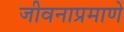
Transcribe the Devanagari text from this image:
जीवनाप्रमाणे